Sanitation, dispensaries and jails vaccination Rajputana 1922-1927 - 1922-1927
Year: 1922
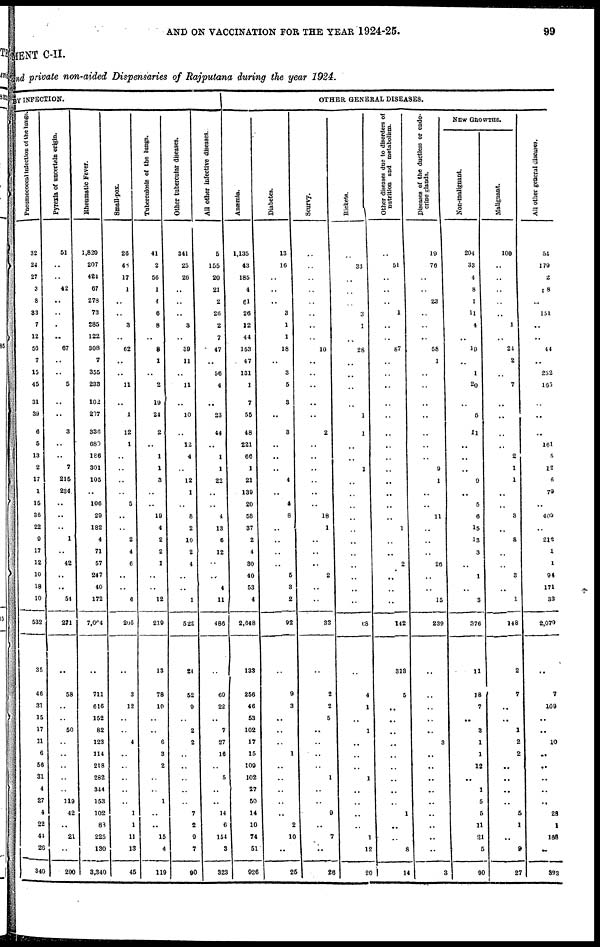
AND ON VACCINATION FOR THE YEAR 1924-25.
99
MENT C-II.
and private non-aided Dispensaries of Rajputana during the year 1924.
BY INFECTION.
Pneumococcal infection of the lungs.
32
24
27
3
8
33
7
12
56
7
15
45
31
39
6
5
13
2
17
1
15
36
22
9
17
12
10
18
10
532
35
46
31
15
17
11
6
56
31
4
27
4
22
41
26
340
Pyrexia of uncertain origin.
51
..
..
42
..
..
..
..
67
..
..
5
..
..
3
..
..
7
215
234
..
..
..
1
..
42
..
..
54
271
..
58
..
..
50
..
..
..
..
..
119
42
..
21
..
290
Rheumatic Fever.
1,820
207
424
67
278
73
285
122
308
7
355
233
102
207
336
680
186
301
105
..
106
29
182
4
71
57
247
40
172
7,004
..
711
616
152
82
123
114
218
282
344
153
102
83
225
130
3,340
Small-pox.
26
48
17
1
..
..
3
..
62
..
..
11
..
1
12
1
..
..
..
..
5
..
..
2
4
6
..
..
6
205
..
3
12
..
..
4
..
..
..
..
..
1
1
11
13
45
Tuberculosis of the lungs.
41
2
56
1
4
6
8
..
8
1
..
2
19
24
2
..
1
1
3
..
..
19
4
2
2
1
..
..
12
219
13
78
10
..
..
6
3
2
..
..
1
..
..
15
4
119
Other tubercular diseases.
341
25
26
..
..
..
3
..
39
11
..
11
..
10
..
12
4
..
12
1
..
8
2
10
2
4
..
..
1
522
24
52
9
..
2
2
..
..
..
..
..
7
2
9
7
90
All other infective diseases.
5
155
20
21
2
26
2
7
47
..
56
4
..
23
44
..
1
1
22
..
..
4
13
6
12
..
..
4
11
486
..
69
22
..
7
27
16
..
5
..
..
14
6
154
3
323
OTHER GENERAL DISEASES.
Anæmia.
1,135
43
185
4
61
26
12
44
153
47
131
1
7
55
48
221
66
1
21
139
20
58
37
2
4
30
40
53
4
2,648
133
256
46
53
102
17
15
109
102
27
50
14
10
74
51
926
Diabetes.
13
16
..
..
..
3
1
1
18
..
3
5
3
..
3
..
..
..
4
..
4
8
..
..
..
..
5
3
2
92
..
9
3
..
..
..
1
..
..
..
..
..
2
10
..
25
Scurvy.
..
..
..
..
..
..
..
..
10
..
..
..
..
..
2
..
..
..
..
..
..
18
1
..
..
..
2
..
..
33
..
2
2
5
..
..
..
..
1
..
..
9
..
7
..
26
Rickets.
..
33
..
..
..
3
1
..
28
..
..
..
..
1
1
..
..
1
..
..
..
..
..
..
..
..
..
..
..
68
..
4
1
..
1
..
..
..
1
..
..
..
..
1
12
20
Other diseases due to disorders of
nutrition and metabolism.
..
51
..
..
..
1
..
..
87
..
..
..
..
..
..
..
..
..
..
..
..
..
1
..
..
2
..
..
..
142
313
5
..
..
..
..
..
..
..
..
..
1
..
..
8
14
Diseases of the ductless or endo-
crine glands.
19
76
..
..
23
..
..
..
58
1
..
..
..
..
..
..
..
9
1
..
..
11
..
..
..
26
..
..
15
239
..
..
..
..
..
3
..
..
..
..
..
..
..
..
..
3
NEW GROWTHS.
Non-malignant.
204
33
4
8
1
11
4
..
19
..
1
20
..
5
11
..
..
..
9
..
5
6
15
13
3
..
1
..
3
376
11
18
7
..
3
1
1
12
..
1
5
5
11
21
5
90
Malignant.
100
..
..
..
..
..
1
..
24
2
..
7
..
..
..
..
2
1
1
..
..
8
..
8
..
..
3
..
1
148
2
7
..
..
1
2
2
..
..
..
..
5
1
..
9
27
All other general diseases.
54
179
2
8
..
151
..
..
44
..
252
165
..
..
..
161
5
12
6
79
..
400
..
212
1
1
94
171
33
2,079
..
7
109
..
..
10
..
..
..
..
..
23
1
168
..
333